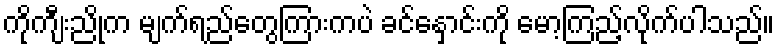
ကိုကျီးညိုက မျက်ရည်တွေကြားကပဲ ခင်နှောင်းကို မော့ကြည့်လိုက်ပါသည်။